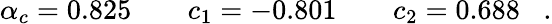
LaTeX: \alpha_{c}=0.825\quad\quad c_{1}=-0.801\quad\quad c_{2}=0.688\; \; \; .